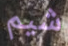
شيم